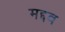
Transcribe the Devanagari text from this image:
मद्दव